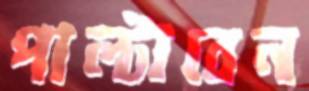
পাল্‌টাবেন